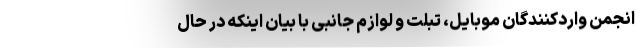
انجمن واردکنندگان موبایل، تبلت و لوازم جانبی با بیان اینکه در حال